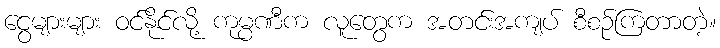
ငွေများများ ဝင်နိုင်လို့ ကုမ္ပဏီက လူတွေက အတင်းအကျပ် စီစဉ်ကြတာတဲ့။